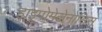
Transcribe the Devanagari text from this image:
हाइपोमेलेनोसिस